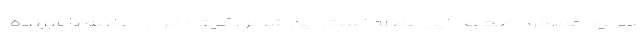
بهبود عملکرد ضعیف این عضله است. این شامل کوتاه کردن عضله بالابرنده